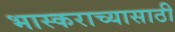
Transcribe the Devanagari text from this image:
भास्कराच्यासाठी